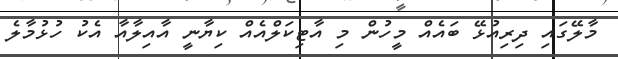
މާލޭގައި ދިރިއުޅޭ ބައެއް މީހުން މި އާޓިކަލްއެއް ކިޔާނީ އާއިލާއާ އެކު ހުޅުމާލެ